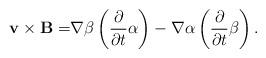
LaTeX: \begin{align*}\mathbf{v}\times \mathbf{B=}\nabla \beta \left( \frac{\partial }{\partial t}\alpha \right) -\nabla \alpha \left( \frac{\partial }{\partial t}\beta\right) . \end{align*}